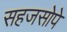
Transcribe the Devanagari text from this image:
सहजसोपे